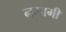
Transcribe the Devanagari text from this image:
नमामी